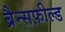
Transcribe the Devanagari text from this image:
ब्रैन्सफ़ील्ड